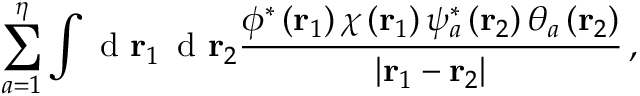
\sum _ { a = 1 } ^ { \eta } \int \textrm { d } \mathbf r _ { 1 } \, \textrm { d } \mathbf r _ { 2 } \frac { \phi ^ { * } \left( \mathbf r _ { 1 } \right) \chi \left( \mathbf r _ { 1 } \right) \psi _ { a } ^ { * } \left( \mathbf r _ { 2 } \right) \theta _ { a } \left( \mathbf r _ { 2 } \right) } { \left| \mathbf r _ { 1 } - \mathbf r _ { 2 } \right| } \, ,